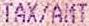
TAX/AMT